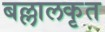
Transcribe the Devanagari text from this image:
बल्लालकृत